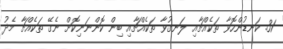
31. ކަނޑުންހޮވާ ތަކެއްޗާއި ލަނގުވާ ތަކެއްޗާއި ބިން ކޮންނަނިކޮށް ނެގޭ ތަކެއްޗާ މެދު